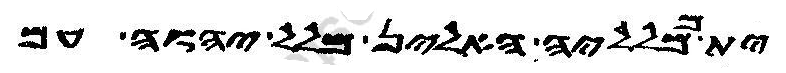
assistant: ית ממלליה האלין מלל יהוה עם